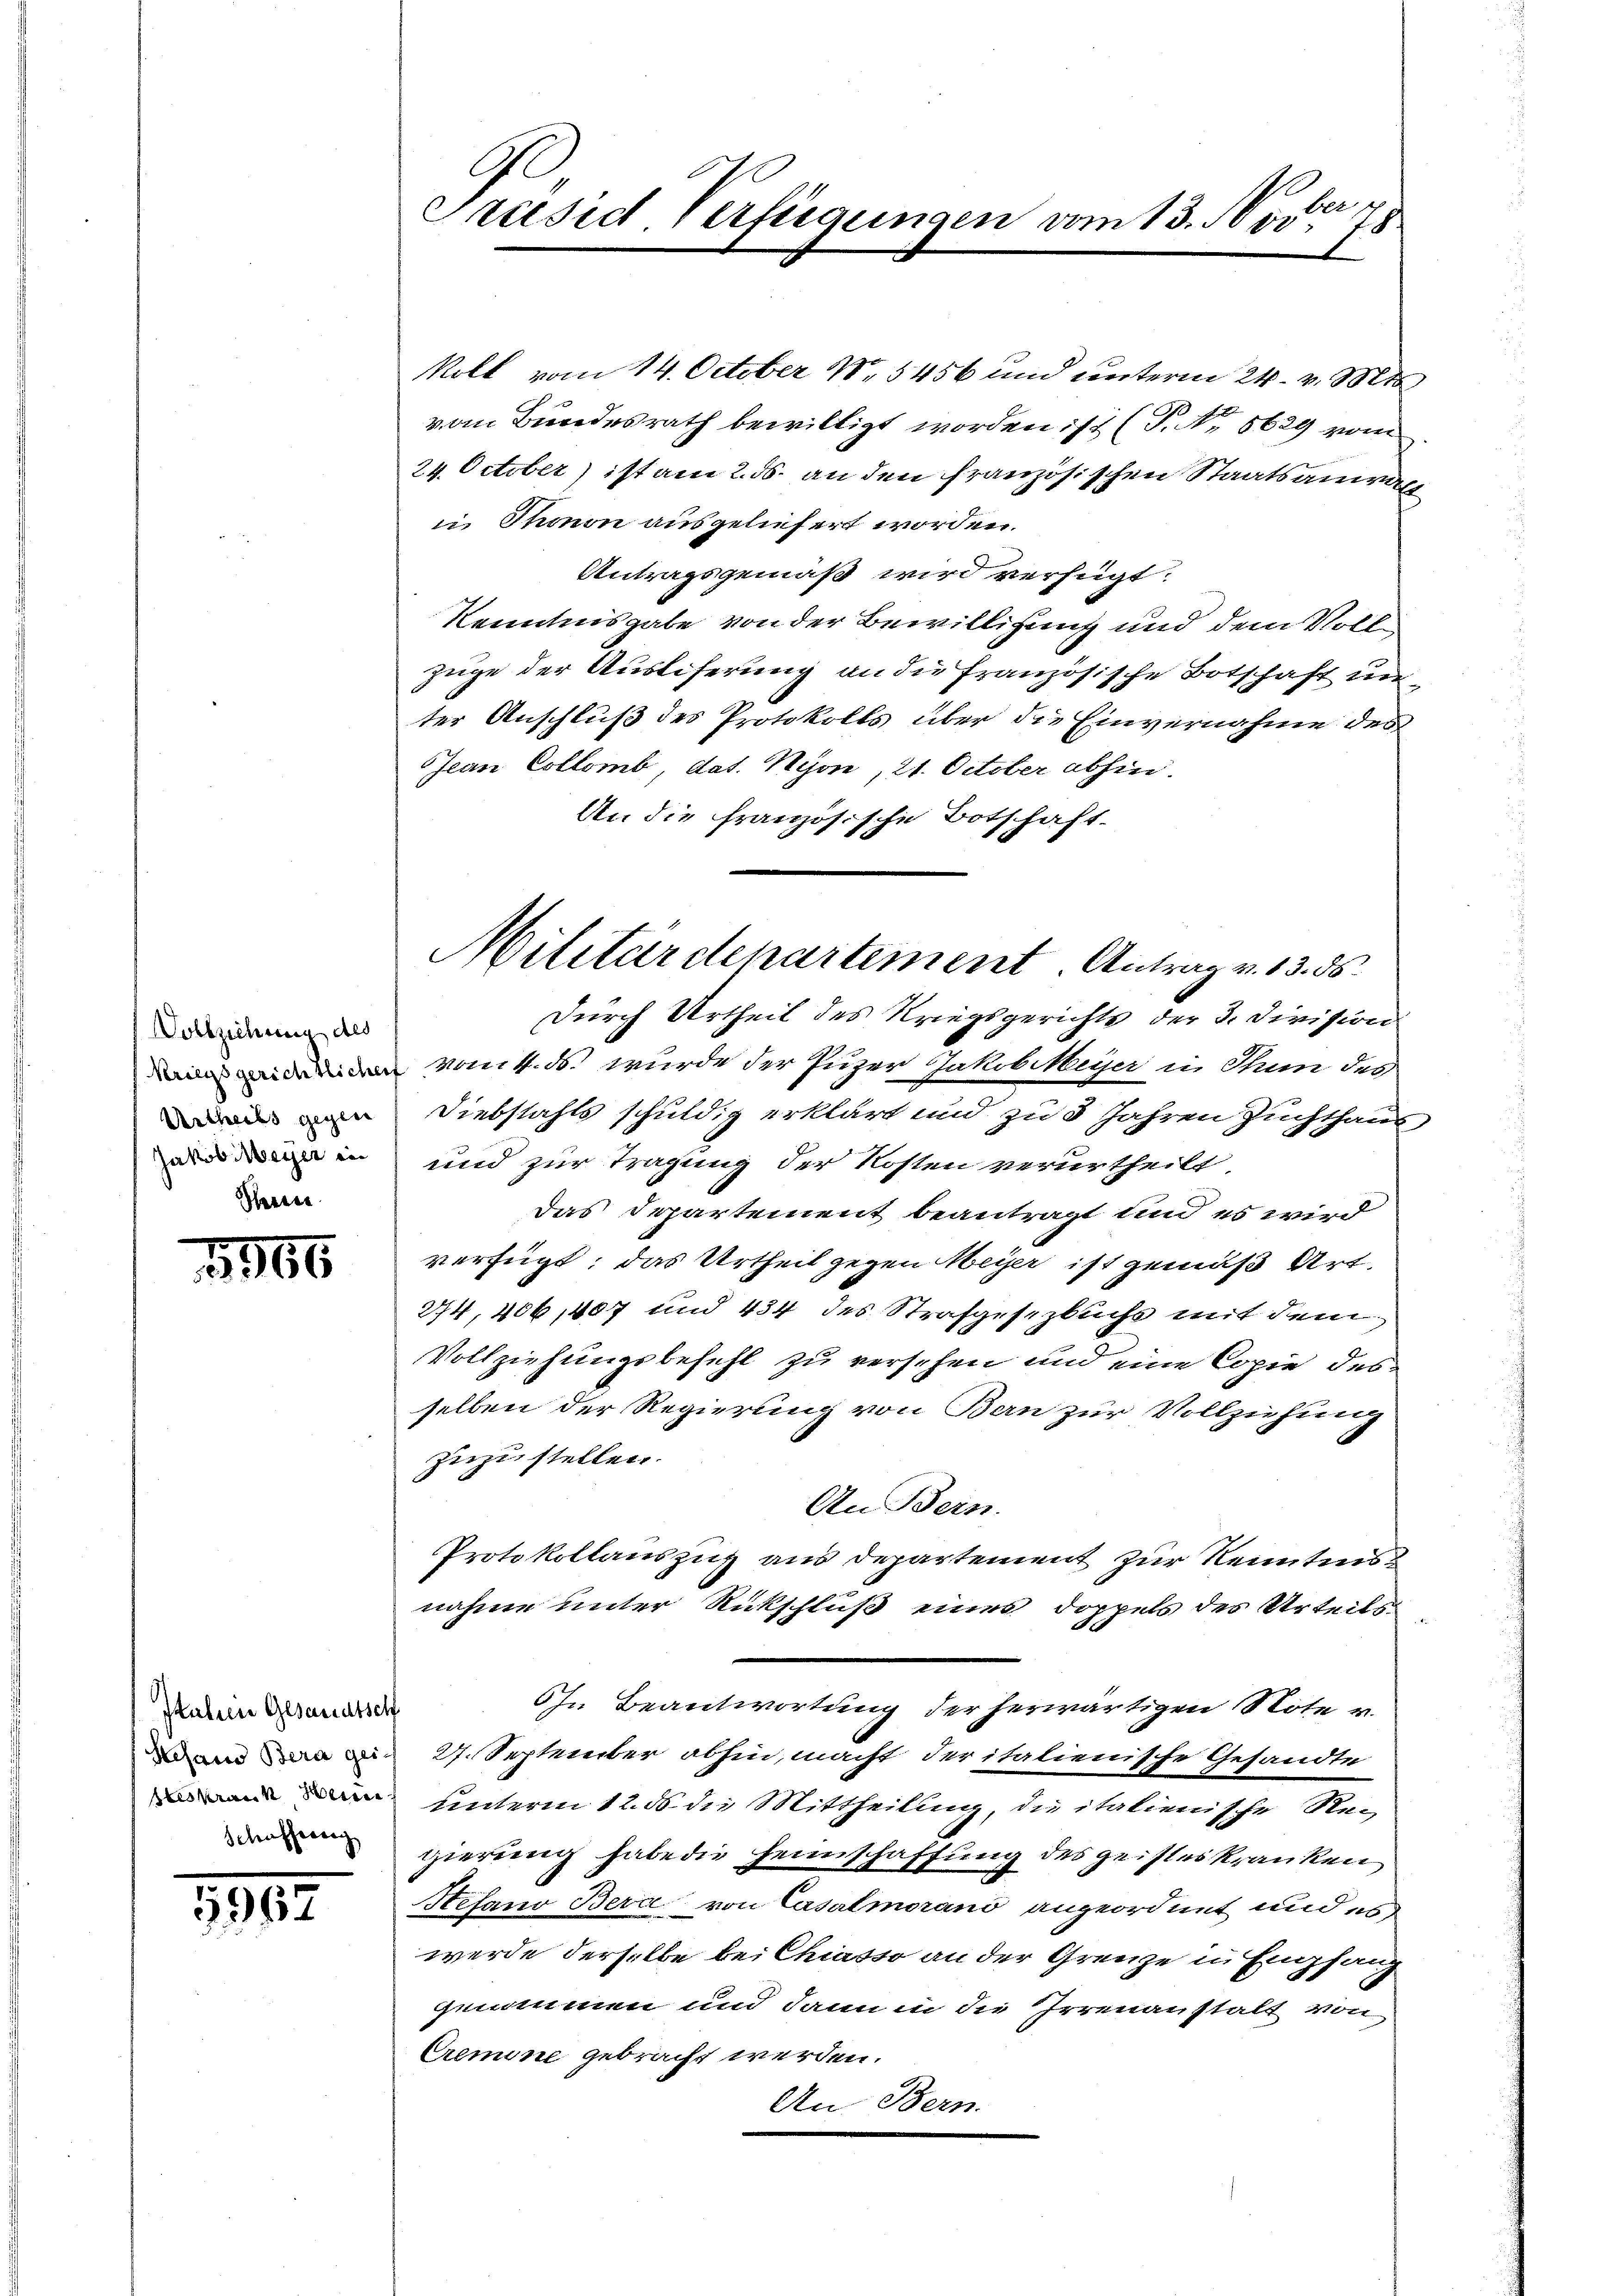
Vollziehung des
Urtheils gegen
Jakob Meyer in
Seeren

1965

Itahren Gesandtsch
Hesand Bera gei-
steskrain Meine
Schiffereig

1817

Präsid. Verfügungen vom 13. Nov. 78

koll vom 14. October 185456 und unterm 24. v. Mts.
vom Bundesrath bewilligt worden ist (S. Nr. 8629 vom
24. October) ist am 2. ds. an den französischen Staatsanwal¬
 Thonon ausgeliefert worden.
Antragsgemäß wird verfügt:
Kenntnisgabe von der Bewilligung und dem Voll¬
Zuge der Auslieferung an die französische Botschaft unter Anschluß des Protokolls über die Einvernahme des
Jean Collomb, dat. Nyon, 21. October abhin.
An die französische Botschaft-
Durch Urtheil des Kriegsgerichts der 3. Division
 vom 4. ds. wurde der Puzer Jakob Meyer in Thun der
Diebstahls schuldig erklärt und zu 8 Jahren Zuchthaus
und zur Tragung der Kosten verurtheilt.
Das Departement beantragt und es wird
verfügt, das Urtheil gegen Meyer ist gemäß Art.
274, 406,407 und 434 des Strafgesetzbuchs mit dem
Vollziehungsbefehl zu versehen und eine Copie des
selben der Regierung von Bern zur Vollziehung
zuzustellen.
An Bern.
Protokollauszug aus Departement zur Reitens
nahme unter Rückschluß eines Doppels des Urteils
Ohn Beantwortung der herwärtigen Note v.
27. September abhin, macht der italienische Gesandte
unterm 12. ds die Mittheilung, die italienische Regierung habe die Heimschaffung des geistes kranken
Stefano Bera von Casalmorano angeordnet und es
werde derselbe bei Chiasso an der Grenze in Emfaup
genommen und dann in die Irrenanstalt von
Cremone gebracht werden.
An Bern.

Militärdepartement. Antrag v. 13. ds.